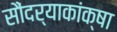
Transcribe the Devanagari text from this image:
सौंदर्याकांक्षा